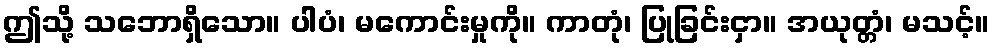
ဤသို့ သဘောရှိသော။ ပါပံ၊ မကောင်းမှုကို။ ကာတုံ၊ ပြုခြင်းငှာ။ အယုတ္တံ၊ မသင့်။